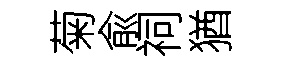
菊兪祠猶